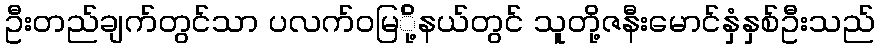
ဦးတည်ချက်တွင်သာ ပလက်ဝမြ်ို့နယ်တွင် သူတို့ဇနီးမောင်နှံနှစ်ဦးသည်